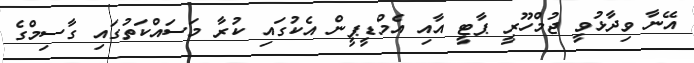
އޭނާ ވިދާޅުވީ ޖުމްހޫރީ ޕާޓީ އާއި އެމްޑީޕީން އެކުގައި ކުރާ މަސައްކަތުގައި ގާސިމްގެ